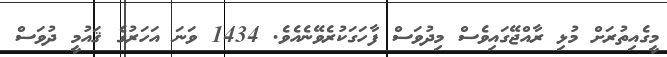
މީގެއިތުރަށް މުޅި ރާއްޖޭގައިވެސް މިދުވަސް ފާހަގަކުރެވޭނެއެވެ. 1434 ވަނަ އަހަރުގެ ޤައުމީ ދުވަސް